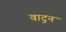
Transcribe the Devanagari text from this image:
वाटुन